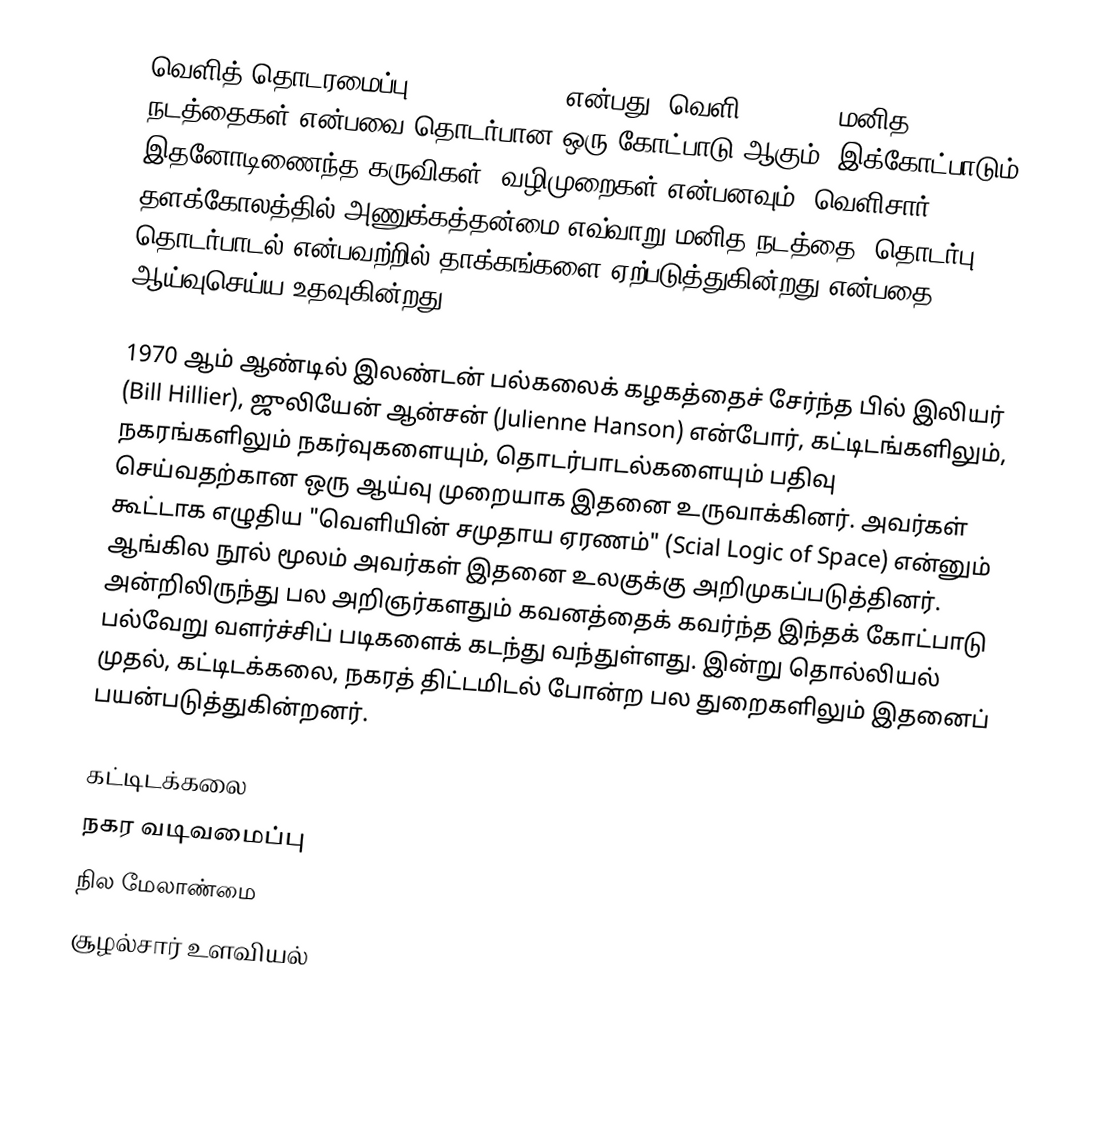
வெளித் தொடரமைப்பு (space syntax) என்பது, வெளி (space), மனித நடத்தைகள் என்பவை தொடர்பான ஒரு கோட்பாடு ஆகும். இக்கோட்பாடும், இதனோடிணைந்த கருவிகள், வழிமுறைகள் என்பனவும், வெளிசார் தளக்கோலத்தில் அணுக்கத்தன்மை எவ்வாறு மனித நடத்தை, தொடர்பு, தொடர்பாடல் என்பவற்றில் தாக்கங்களை ஏற்படுத்துகின்றது என்பதை ஆய்வுசெய்ய உதவுகின்றது.

1970 ஆம் ஆண்டில் இலண்டன் பல்கலைக் கழகத்தைச் சேர்ந்த பில் இலியர் (Bill Hillier), ஜுலியேன் ஆன்சன் (Julienne Hanson) என்போர், கட்டிடங்களிலும், நகரங்களிலும் நகர்வுகளையும், தொடர்பாடல்களையும் பதிவு செய்வதற்கான ஒரு ஆய்வு முறையாக இதனை உருவாக்கினர். அவர்கள் கூட்டாக எழுதிய "வெளியின் சமுதாய ஏரணம்" (Scial Logic of Space) என்னும் ஆங்கில நூல் மூலம் அவர்கள் இதனை உலகுக்கு அறிமுகப்படுத்தினர். அன்றிலிருந்து பல அறிஞர்களதும் கவனத்தைக் கவர்ந்த இந்தக் கோட்பாடு பல்வேறு வளர்ச்சிப் படிகளைக் கடந்து வந்துள்ளது. இன்று தொல்லியல் முதல், கட்டிடக்கலை, நகரத் திட்டமிடல் போன்ற பல துறைகளிலும் இதனைப் பயன்படுத்துகின்றனர்.

கட்டிடக்கலை
நகர வடிவமைப்பு
நில மேலாண்மை
சூழல்சார் உளவியல்